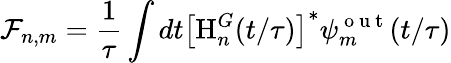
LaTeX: \mathcal{F}_{n,m}=\frac{1}{\tau}\int dt\left[\mathrm{H}_{n}^{G}(t/\tau)\right]^{*}\psi_{m}^{\mathrm{~o~u~t~}}(t/\tau)